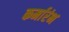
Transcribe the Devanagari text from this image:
कर्मारंभ